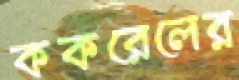
ককরেলের